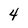
Character: 4